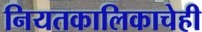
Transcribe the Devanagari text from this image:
नियतकालिकाचेही